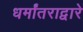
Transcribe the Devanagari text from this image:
धर्मांतराद्वारे